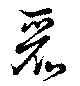
麗